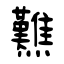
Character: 㸐